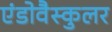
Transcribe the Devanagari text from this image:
एंडोवैस्कुलर